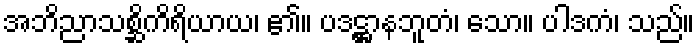
အဘိညာသစ္ဆိကိရိယာယ၊ ၏။ ပဒဋ္ဌာနဘူတံ၊ သော။ ပါဒကံ၊ သည်။